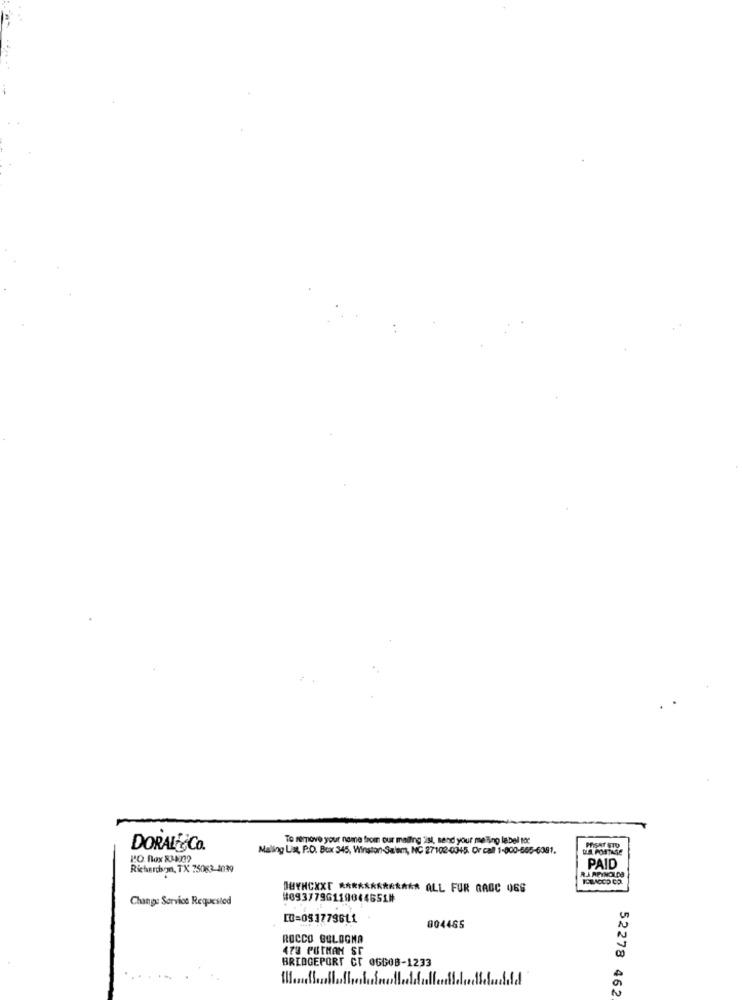
To remove your name from our mailing ist, send your me ling label toc
DORAL&Co.
Mailing List, P.O. Box 345, Winston-Salem, NC 27102-0345. Or call 1-800-565-6081.
DUS. POSTASE
PRISAT STO
Richardsom, TX 75063-4039
PAID
BUYHCXXT ************* ALL FOR GAGC Q66
Change Service Requested
#0937796119844651#
10=053779611
804465
ROCCO BOLOGNA
478 PUTHAN ST
BRIDGEPORT Cr OGG08-1233
52278 462